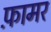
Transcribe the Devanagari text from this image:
फ़ामर